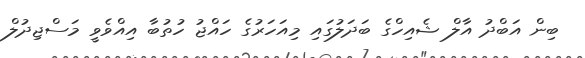
ބިން އަބްދު އާލް ޝެއިހްގެ ބަދަލުގައި މިއަހަރުގެ ހައްޖު ހުތުބާ އިއްވެވީ މަސްޖިދުލް